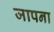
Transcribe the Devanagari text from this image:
जापना